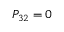
P _ { 3 2 } = 0